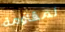
لمقاومة